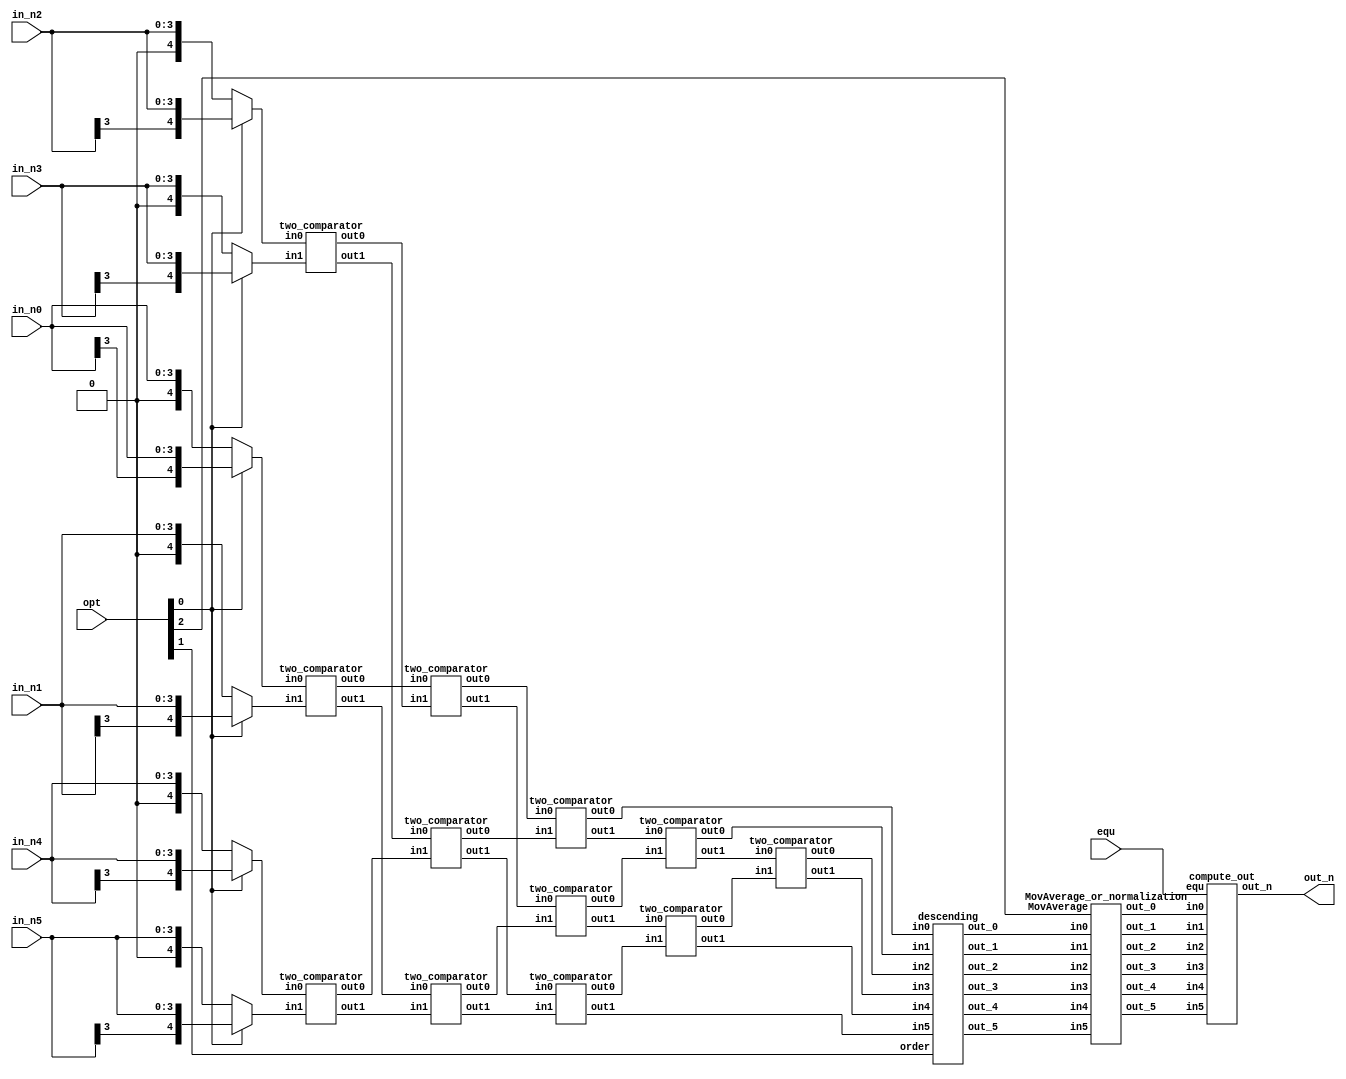
`timescale 1ns / 1ps
//////////////////////////////////////////////////////////////////////////////////
// Company: 
// Engineer: 
// 
// Design Name: 
// Module Name: CC
// Project Name: 
// Target Devices: 
// Tool Versions: 
// Description: 
// 
// Dependencies: 
// 
// Revision:
// Revision 0.01 - File Created
// Additional Comments:
// 
//////////////////////////////////////////////////////////////////////////////////


module CC(out_n , in_n0 , in_n1 , in_n2 , in_n3 , in_n4 , in_n5, opt,  equ  );
output signed [9:0] out_n ;
input [3:0] in_n0 , in_n1 , in_n2 , in_n3 , in_n4 , in_n5 ;
input [2:0] opt ;
input equ ; 
wire signed[4:0]first_out_0, first_out_1, first_out_2, first_out_3, first_out_4,first_out_5;
wire signed[4:0]second_out_0, second_out_1, second_out_2, second_out_3, second_out_4, second_out_5 ;
wire signed[4:0]tmp_0, tmp_1, tmp_2, tmp_3,tmp_4, tmp_5 ;
wire signed[4:0]out_0, out_1, out_2, out_3, out_4, out_5 ;
wire signed[4:0]sort_0, sort_1, sort_2, sort_3, sort_4, sort_5 ;
wire signed[4:0]new_out_0 ,new_out_1 ,new_out_2 ,new_out_3 ,new_out_4 ,new_out_5 ; 

wire signed [4:0] value0, value1, value2, value3, value4, value5 ;
assign   value0 = (opt[0])? {in_n0[3],in_n0} : {1'b0, in_n0} ;
assign   value1 = (opt[0])? {in_n1[3],in_n1} : {1'b0, in_n1} ;
assign   value2 = (opt[0])? {in_n2[3],in_n2} : {1'b0, in_n2} ;
assign   value3 = (opt[0])? {in_n3[3],in_n3} : {1'b0, in_n3} ;
assign   value4 = (opt[0])? {in_n4[3],in_n4} : {1'b0, in_n4} ;
assign   value5 = (opt[0])? {in_n5[3],in_n5} : {1'b0, in_n5} ;

two_comparator U0 (.in0(value0),
                 .in1(value1),
                 .out0(first_out_0),
                 .out1(second_out_0) ) ;
                 
two_comparator U1 (.in0(value2),
                 .in1(value3),
                 .out0(first_out_1),
                 .out1(second_out_1) ) ;
two_comparator U2 (.in0(value4),
                 .in1(value5),
                 .out0(first_out_2),
                 .out1(second_out_2) ) ;
two_comparator U3 (.in0(first_out_0),
                 .in1(first_out_1),
                 .out0(first_out_3),
                 .out1(second_out_3) ) ;
two_comparator U4 (.in0(second_out_1),
                 .in1(first_out_2),
                 .out0(first_out_4),
                 .out1(second_out_4) ) ;
two_comparator U5 (.in0(second_out_0),
                 .in1(second_out_2),
                 .out0(first_out_5),
                 .out1(second_out_5) ) ;
two_comparator U6 (.in0(first_out_3),
                 .in1(first_out_4),
                 .out0(out_0),
                 .out1(tmp_0) ) ;
two_comparator U7 (.in0(second_out_3),
                 .in1(first_out_5),
                 .out0(tmp_1),
                 .out1(tmp_2) ) ;
two_comparator U8 (.in0(second_out_4),
                 .in1(second_out_5),
                 .out0(tmp_3),
                 .out1(out_5) ) ;
two_comparator U9 (.in0(tmp_0),
                 .in1(tmp_1),
                 .out0(out_1),
                 .out1(tmp_4) ) ;
two_comparator U10 (.in0(tmp_2),
                 .in1(tmp_3),
                 .out0(tmp_5),
                 .out1(out_4) ) ;
two_comparator U11 (.in0(tmp_4),
                 .in1(tmp_5),
                 .out0(out_2),
                 .out1(out_3) ) ;
                 
descending U13     (.order(opt[1]),
                  .in0(out_0),
                  .in1(out_1), 
                  .in2(out_2),
                  .in3(out_3),  
                  .in4(out_4),
                  .in5(out_5),
                  .out_0(sort_0),
                  .out_1(sort_1),    
                  .out_2(sort_2),
                  .out_3(sort_3),
                  .out_4(sort_4),
                  .out_5(sort_5)          );
                              
MovAverage_or_normalization U12 ( .MovAverage(opt[2]),
                              .in0(sort_0),
                              .in1(sort_1), 
                              .in2(sort_2),
                              .in3(sort_3),  
                              .in4(sort_4),
                              .in5(sort_5),
                              .out_0 (new_out_0) ,
                              .out_1 (new_out_1) ,
                              .out_2 (new_out_2) ,
                              .out_3 (new_out_3) ,
                              .out_4 (new_out_4) ,
                              .out_5 (new_out_5)  ) ; 
                              
compute_out U14 (   .out_n (out_n),
                  .equ  (equ) , 
                  .in0(new_out_0),
                  .in1(new_out_1), 
                  .in2(new_out_2),
                  .in3(new_out_3),  
                  .in4(new_out_4),
                  .in5(new_out_5) ) ;
                                             
endmodule

module two_comparator(in0,in1,out0,out1);
            
input signed [4:0] in0 , in1 ;
output reg signed [4:0]out0, out1;

always@(in0, in1)
begin
    if (in0 < in1 )
         begin
            out0 = in1 ;
            out1 = in0 ;
         end
    else
        begin
            out0 = in0 ;
            out1 = in1 ; 
        end
end

endmodule

module MovAverage_or_normalization(out_0 , out_1, out_2, out_3, out_4, out_5,
                                 MovAverage,
                                in0 , in1 , in2 , in3 , in4 , in5 
                                );

//output reg signed [9:0]out_n;
output wire signed[4:0] out_0 , out_1, out_2, out_3, out_4, out_5 ;
//input equ ;

input MovAverage;
input signed[4:0] in0 , in1 , in2 , in3 , in4 , in5;

wire signed[4:0] sign_out_[1:5] ;
//  MovAverage  ( for signed and Unsigned)
assign sign_out_[1] = ( in0 * 2 + in1)/3 ;
assign sign_out_[2] = (sign_out_[1] * 2 + in2)/3 ;
assign sign_out_[3] = (sign_out_[2] * 2 + in3)/3 ;
assign sign_out_[4] = (sign_out_[3] * 2 + in4)/3 ;
assign sign_out_[5] = (sign_out_[4] * 2 + in5)/3 ;

wire signed[4:0] normalize_1 ,normalize_2, normalize_3, normalize_4, normalize_5 ;
assign normalize_1 = in1 - in0 ;
assign normalize_2 = in2 - in0 ; 
assign normalize_3 = in3 - in0 ;
assign normalize_4 = in4 - in0 ;
assign normalize_5 = in5 - in0 ;


assign out_0 = (MovAverage) ? in0 : 5'b0 ;
assign out_1 = (MovAverage) ? sign_out_[1] : normalize_1 ;
assign out_2 = (MovAverage) ? sign_out_[2] : normalize_2 ;
assign out_3 = (MovAverage) ? sign_out_[3] : normalize_3 ;
assign out_4 = (MovAverage) ? sign_out_[4] : normalize_4 ;
assign out_5 = (MovAverage) ? sign_out_[5] : normalize_5 ;

endmodule

module descending(order, in0 ,in1 ,in2 ,in3 ,in4 ,in5 , out_0, out_1, out_2, out_3, out_4, out_5);
input order ;
input  signed[4:0] in0 , in1 , in2 , in3 , in4 , in5;
output reg signed [4:0] out_0, out_1, out_2, out_3, out_4, out_5;

always@(*)
begin
    if(order)
        begin
            out_0 = in0 ;
            out_1 = in1 ;
            out_2 = in2 ;
            out_3 = in3 ;
            out_4 = in4 ;
            out_5 = in5 ;
        end
    else
        begin
            out_0 = in5 ;
            out_1 = in4 ;
            out_2 = in3 ;
            out_3 = in2 ;
            out_4 = in1 ;
            out_5 = in0 ;
        end
end
endmodule

module compute_out( out_n,
                  equ, 
                  in0 , in1 , in2 , in3 , in4 , in5);
output reg signed [9:0]out_n;
input  signed[4:0] in0 , in1 , in2 , in3 , in4 , in5 ;
input equ ; 
wire signed[4:0] temp ;
assign temp = in1-in0 ;

always @(*)
begin
     if(equ)
		 if ( (temp[4]) ^ (in5[4]) )
			out_n = (in0 -in1) * (in5) ;
		else
			out_n = (in1- in0) * ( in5 ) ;
     else
        out_n = ( (in3 + in4*4) * ( in5 ))/ 3 ;
end

endmodule